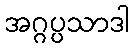
အဂ္ဂပ္ပသာဒါ